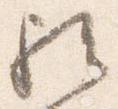
歟